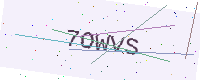
Text: 7OWVS